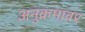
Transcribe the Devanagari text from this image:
अनुक्रमावर